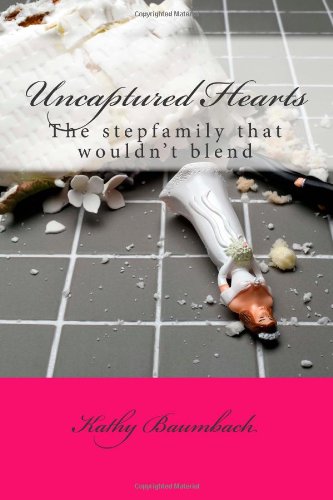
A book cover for Uncaptured Hearts; Kathy Baumbach; Parenting & Relationships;